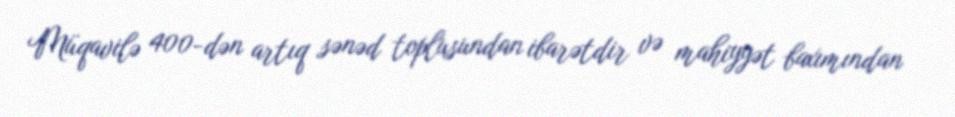
Müqavilə 400-dən artıq sənəd toplusundan ibarətdir və mahiyyət baxımından